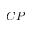
C P